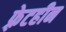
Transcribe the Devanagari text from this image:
फ़्रेटहीन